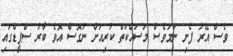
ވެސް އޭރު ފެށި ނަމަވެސް މަސައްކަތް ކުރިއަށް ނުގޮސް އޮވެ ބާރު ސްޕީޑްގައި